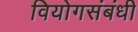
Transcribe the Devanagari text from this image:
वियोगसंबंधी